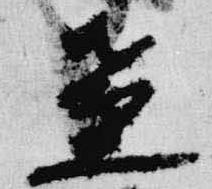
盞